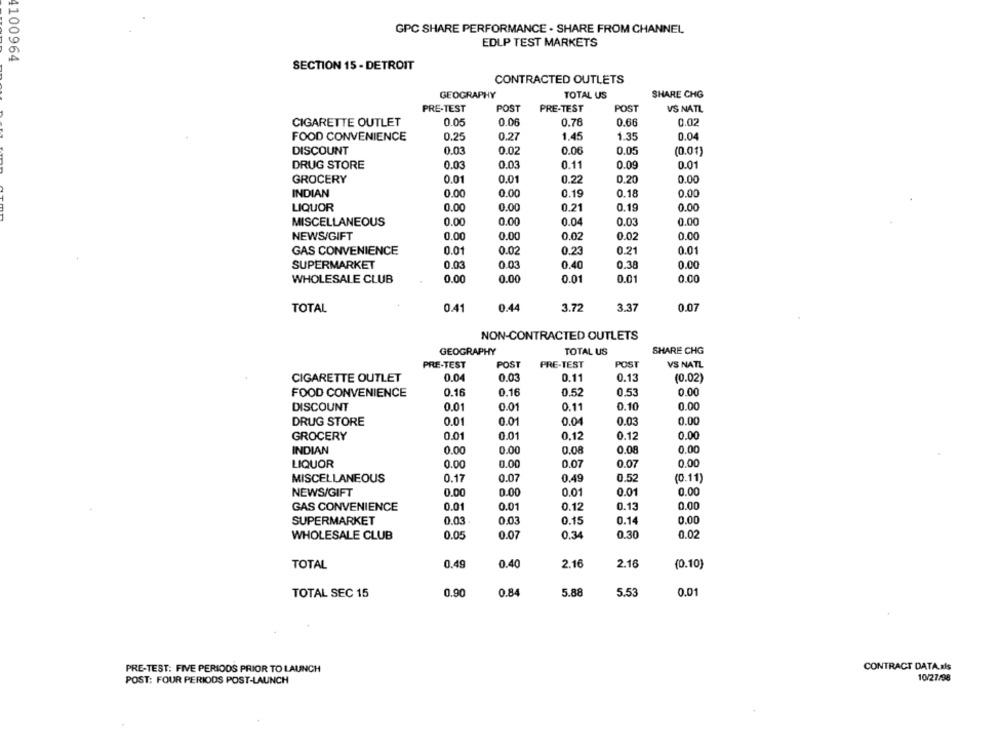
GPC SHARE PERFORMANCE . SHARE FROM CHANNEL
EDLP TEST MARKETS
4100964
SECTION 15 - DETROIT
CONTRACTED OUTLETS
GEOGRAPHY
TOTAL US
SHARE CHG
PRE-TEST
POST
PRE-TEST
POST
VS NATL
0.78
CIGARETTE OUTLET
0.05
0.06
0.66
0.02
0.04
FOOD CONVENIENCE
0.25
0.27
1.45
1.35
DISCOUNT
0.03
0.02
0.06
0.05
(0.01)
DRUG STORE
0.03
0.03
0.11
0.09
0.01
GROCERY
0.01
0.01
0.22
0.20
0.00
INDIAN
0.00
0.00
0.19
0.18
0.00
LIQUOR
0.00
0.00
0.21
0.19
0.00
MISCELLANEOUS
0.00
0.00
0.04
0.03
0.00
NEWS/GIFT
0.00
0.00
0.02
0.02
0.00
GAS CONVENIENCE
0.01
0.02
0.23
0.21
0.01
SUPERMARKET
0.03
0.03
0.40
0.38
0.00
WHOLESALE CLUB
0.00
0.00
0.01
0.01
0.00
0.44
3.72
TOTAL
0.41
3.37
0.07
NON-CONTRACTED OUTLETS
GEOGRAPHY
TOTAL US
SHARE CHG
PRE-TEST
POST
PRE-TEST
POST
VS NATL
CIGARETTE OUTLET
0.04
0.03
0.11
0.13
(0.02)
FOOD CONVENIENCE
0.16
0.16
0.52
0.53
0.00
0.00
DISCOUNT
0.01
0.01
0.11
0.10
0.01
0.04
0.03
0.00
DRUG STORE
0.01
GROCERY
0.01
0.01
0.12
0.12
0.00
INDIAN
0.00
0.00
0.08
0.08
0.00
LIQUOR
0.00
0.00
0.07
0.07
0,00
MISCELLANEOUS
0.17
0.07
0.49
0.52
(0.11)
NEWS/GIFT
0.00
0.00
0.01
0.01
0.00
GAS CONVENIENCE
0.01
0.01
0.12
0.13
0.00
SUPERMARKET
0.03
0.03
0.15
0.14
0.00
WHOLESALE CLUB
0.05
0.07
0.34
0.30
0.02
2.16
2.16
TOTAL
0.49
0.40
(0.10)
0.90
0.84
5.88
5.53
0.01
TOTAL SEC 15
PRE-TEST: FIVE PERIODS PRIOR TO LAUNCH
CONTRACT DATA.xls
POST: FOUR PERIODS POST-LAUNCH
10/27/98